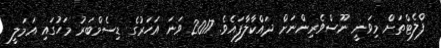
ފްލެޓްތަށް މިވަނީ ނޫސްވެރިންނަށް ދައްކާލާފައެވެ. 2017 ވަނަ އަހަރުގެ ޑިސެމްބަރު މަހުގައި އަމަލީ